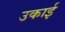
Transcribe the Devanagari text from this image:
उकाई